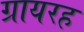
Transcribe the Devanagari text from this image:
ग्रायरह